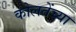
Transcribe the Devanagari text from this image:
कोलतेंच्या